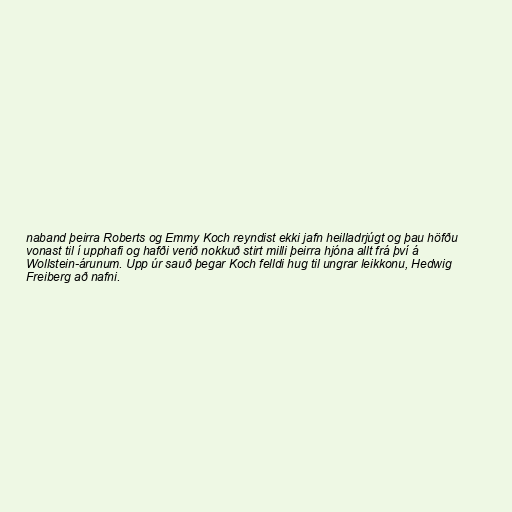
naband þeirra Roberts og Emmy Koch reyndist ekki jafn heilladrjúgt og þau höfðu
vonast til í upphafi og hafði verið nokkuð stirt milli þeirra hjóna allt frá því á
Wollstein-árunum. Upp úr sauð þegar Koch felldi hug til ungrar leikkonu, Hedwig
Freiberg að nafni.